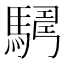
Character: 𩤫